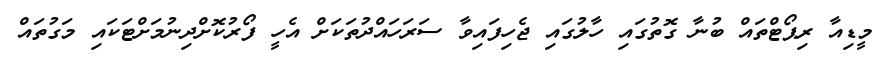
މީޑިއާ ރިޕޯޓްތައް ބުނާ ގޮތުގައި ހާލުގައި ޖެހިފައިވާ ސަރަހައްދުތަކަށް އެހީ ފޯރުކޮށްދިނުމަށްޓަކައި މަގުތައް